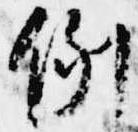
例